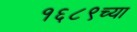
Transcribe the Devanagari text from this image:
१६८९च्या